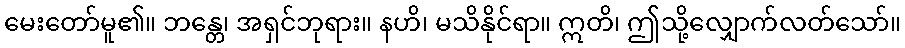
မေးတော်မူ၏။ ဘန္တေ၊ အရှင်ဘုရား။ နဟိ၊ မသိနိုင်ရာ။ ဣတိ၊ ဤသို့လျှောက်လတ်သော်။